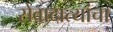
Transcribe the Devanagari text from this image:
सेवादात्यांचा